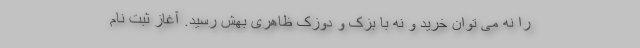
را نه می توان خرید و نه با بَزک و دوزک ظاهری بهش رسید. آغاز ثبت نام